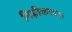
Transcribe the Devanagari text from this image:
निम्नीकरण।